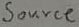
Text: Source